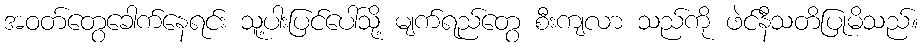
အဝတ်တွေခေါက်နေရင်း သူ့ပါးပြင်ပေါ်သို့ မျက်ရည်တွေ စီးကျလာ သည်ကို ဖဲင်နီသတိပြုမိသည်။